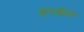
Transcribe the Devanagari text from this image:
हरवीने